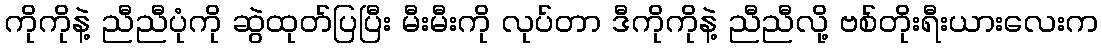
ကိုကိုနဲ့ ညီညီပုံကို ဆွဲထုတ်ပြပြီး မီးမီးကို လုပ်တာ ဒီကိုကိုနဲ့ ညီညီလို့ ဗစ်တိုးရီးယားလေးက